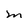
Character: M